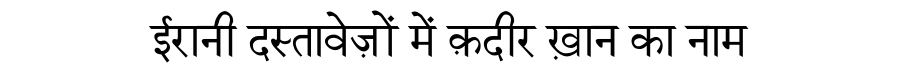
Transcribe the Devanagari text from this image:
ईरानी दस्तावेज़ों में क़दीर ख़ान का नाम